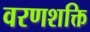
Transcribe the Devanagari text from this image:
वरणशक्ति